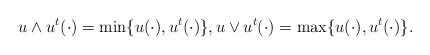
LaTeX: \begin{align*}u\wedge u^t(\cdot)=\min\{u(\cdot),u^t(\cdot)\},u\vee u^t(\cdot)=\max\{u(\cdot),u^t(\cdot)\}.\end{align*}